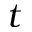
t